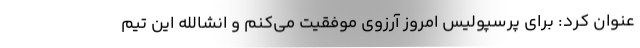
عنوان کرد: برای پرسپولیس امروز آرزوی موفقیت می‌کنم و انشالله این تیم